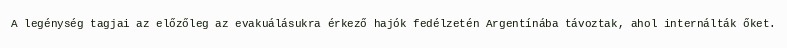
A legénység tagjai az előzőleg az evakuálásukra érkező hajók fedélzetén Argentínába távoztak, ahol internálták őket.